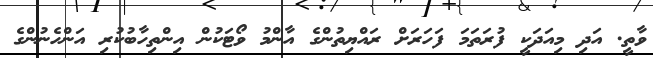
ވާތީ. އަދި މިއަދަކީ ފުރަތަމަ ފަހަރަށް ރައްޔިތުންގެ އާންމު ވޯޓަކުން އިންތިހާބުކުރި އަންހެނުންގެ